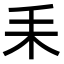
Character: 𦓤